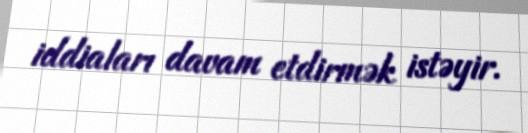
iddiaları davam etdirmək istəyir.